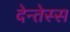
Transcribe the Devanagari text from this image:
देन्तेस्स